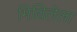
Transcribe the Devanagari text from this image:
मिथिलेला